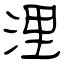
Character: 浬